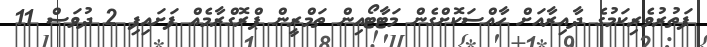
ފަތުރުވެރިކަމުގެ ދާއިރާއަށް ހާއްސަކޮށްގެން މަޓާޓޯއިން ތަމްރީން ޕްރޮގްރާމެއް ފަށައިފި 2 ދުވަސް 11